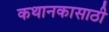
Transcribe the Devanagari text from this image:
कथानकासाठी